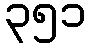
၃၅၁